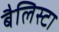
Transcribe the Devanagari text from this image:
बैलिस्टा